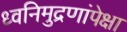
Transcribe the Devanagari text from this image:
ध्वनिमुद्रणांपेक्षा